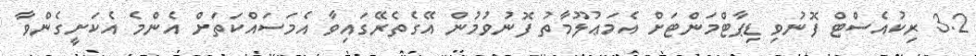
3.2 ރިކުއެސްޓް ފޮނުވި ޑިޕާޓްމަންޓަށް އެމަޢުލޫމާތު ފޮނުވުމުން އޭގެތެރޭގައިވާ އެމަސައްކަތަށް އެންމެ އެކަށީގެންވާ